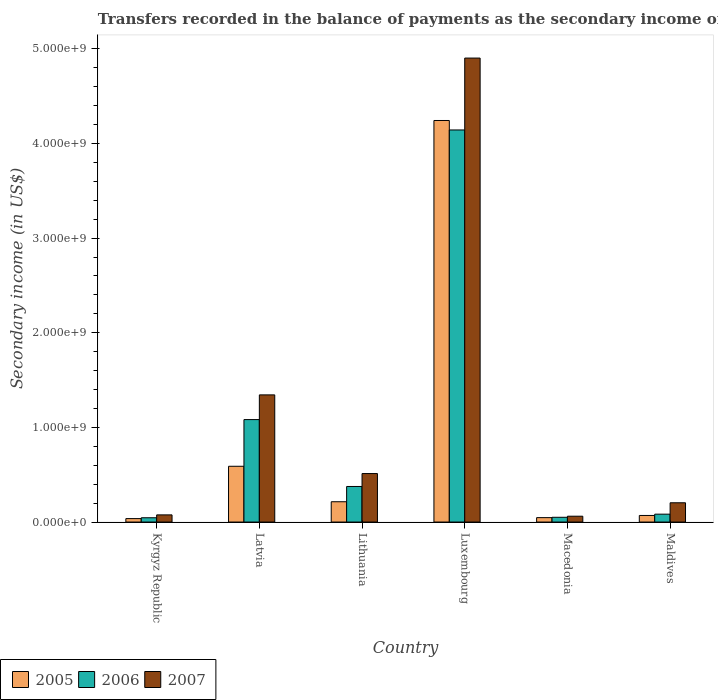
| Country | 2005 | 2006 | 2007 |
 | --- | --- | --- | --- |
 | Kyrgyz Republic | 3.63e+07 | 4.53e+07 | 7.56e+07 |
 | Latvia | 5.89e+08 | 1.08e+09 | 1.34e+09 |
 | Lithuania | 2.14e+08 | 3.76e+08 | 5.12e+08 |
 | Luxembourg | 4.24e+09 | 4.14e+09 | 4.9e+09 |
 | Macedonia | 4.65e+07 | 5.01e+07 | 6.16e+07 |
 | Maldives | 6.95e+07 | 8.32e+07 | 2.04e+08 |